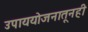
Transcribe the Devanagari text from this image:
उपाययोजनातूनही